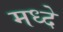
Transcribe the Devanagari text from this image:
मध्दे